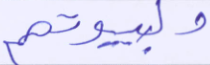
ولبيوتهم